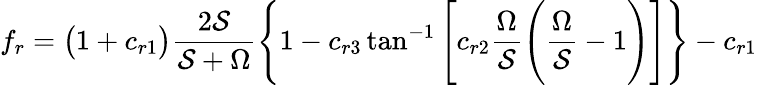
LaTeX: f_{r}=\big(1+c_{r1}\big)\frac{2\mathcal{S}}{\mathcal{S}+\Omega}\Bigg\{ 1-c_{r3}\tan^{-1}\Bigg[c_{r2}\frac{\Omega}{\mathcal{S}}\Bigg(\frac{\Omega}{\mathcal{S}}-1\Bigg)\Bigg]\Bigg\} -c_{r1}